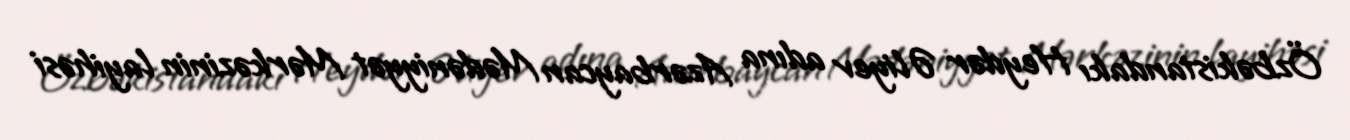
Özbəkistandakı Heydər Əliyev adına Azərbaycan Mədəniyyət Mərkəzinin layihəsi